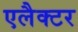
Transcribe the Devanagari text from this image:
एलैक्टर